NAE_EAOK_eestikeelsed_sunnimeetrikad, lk 190
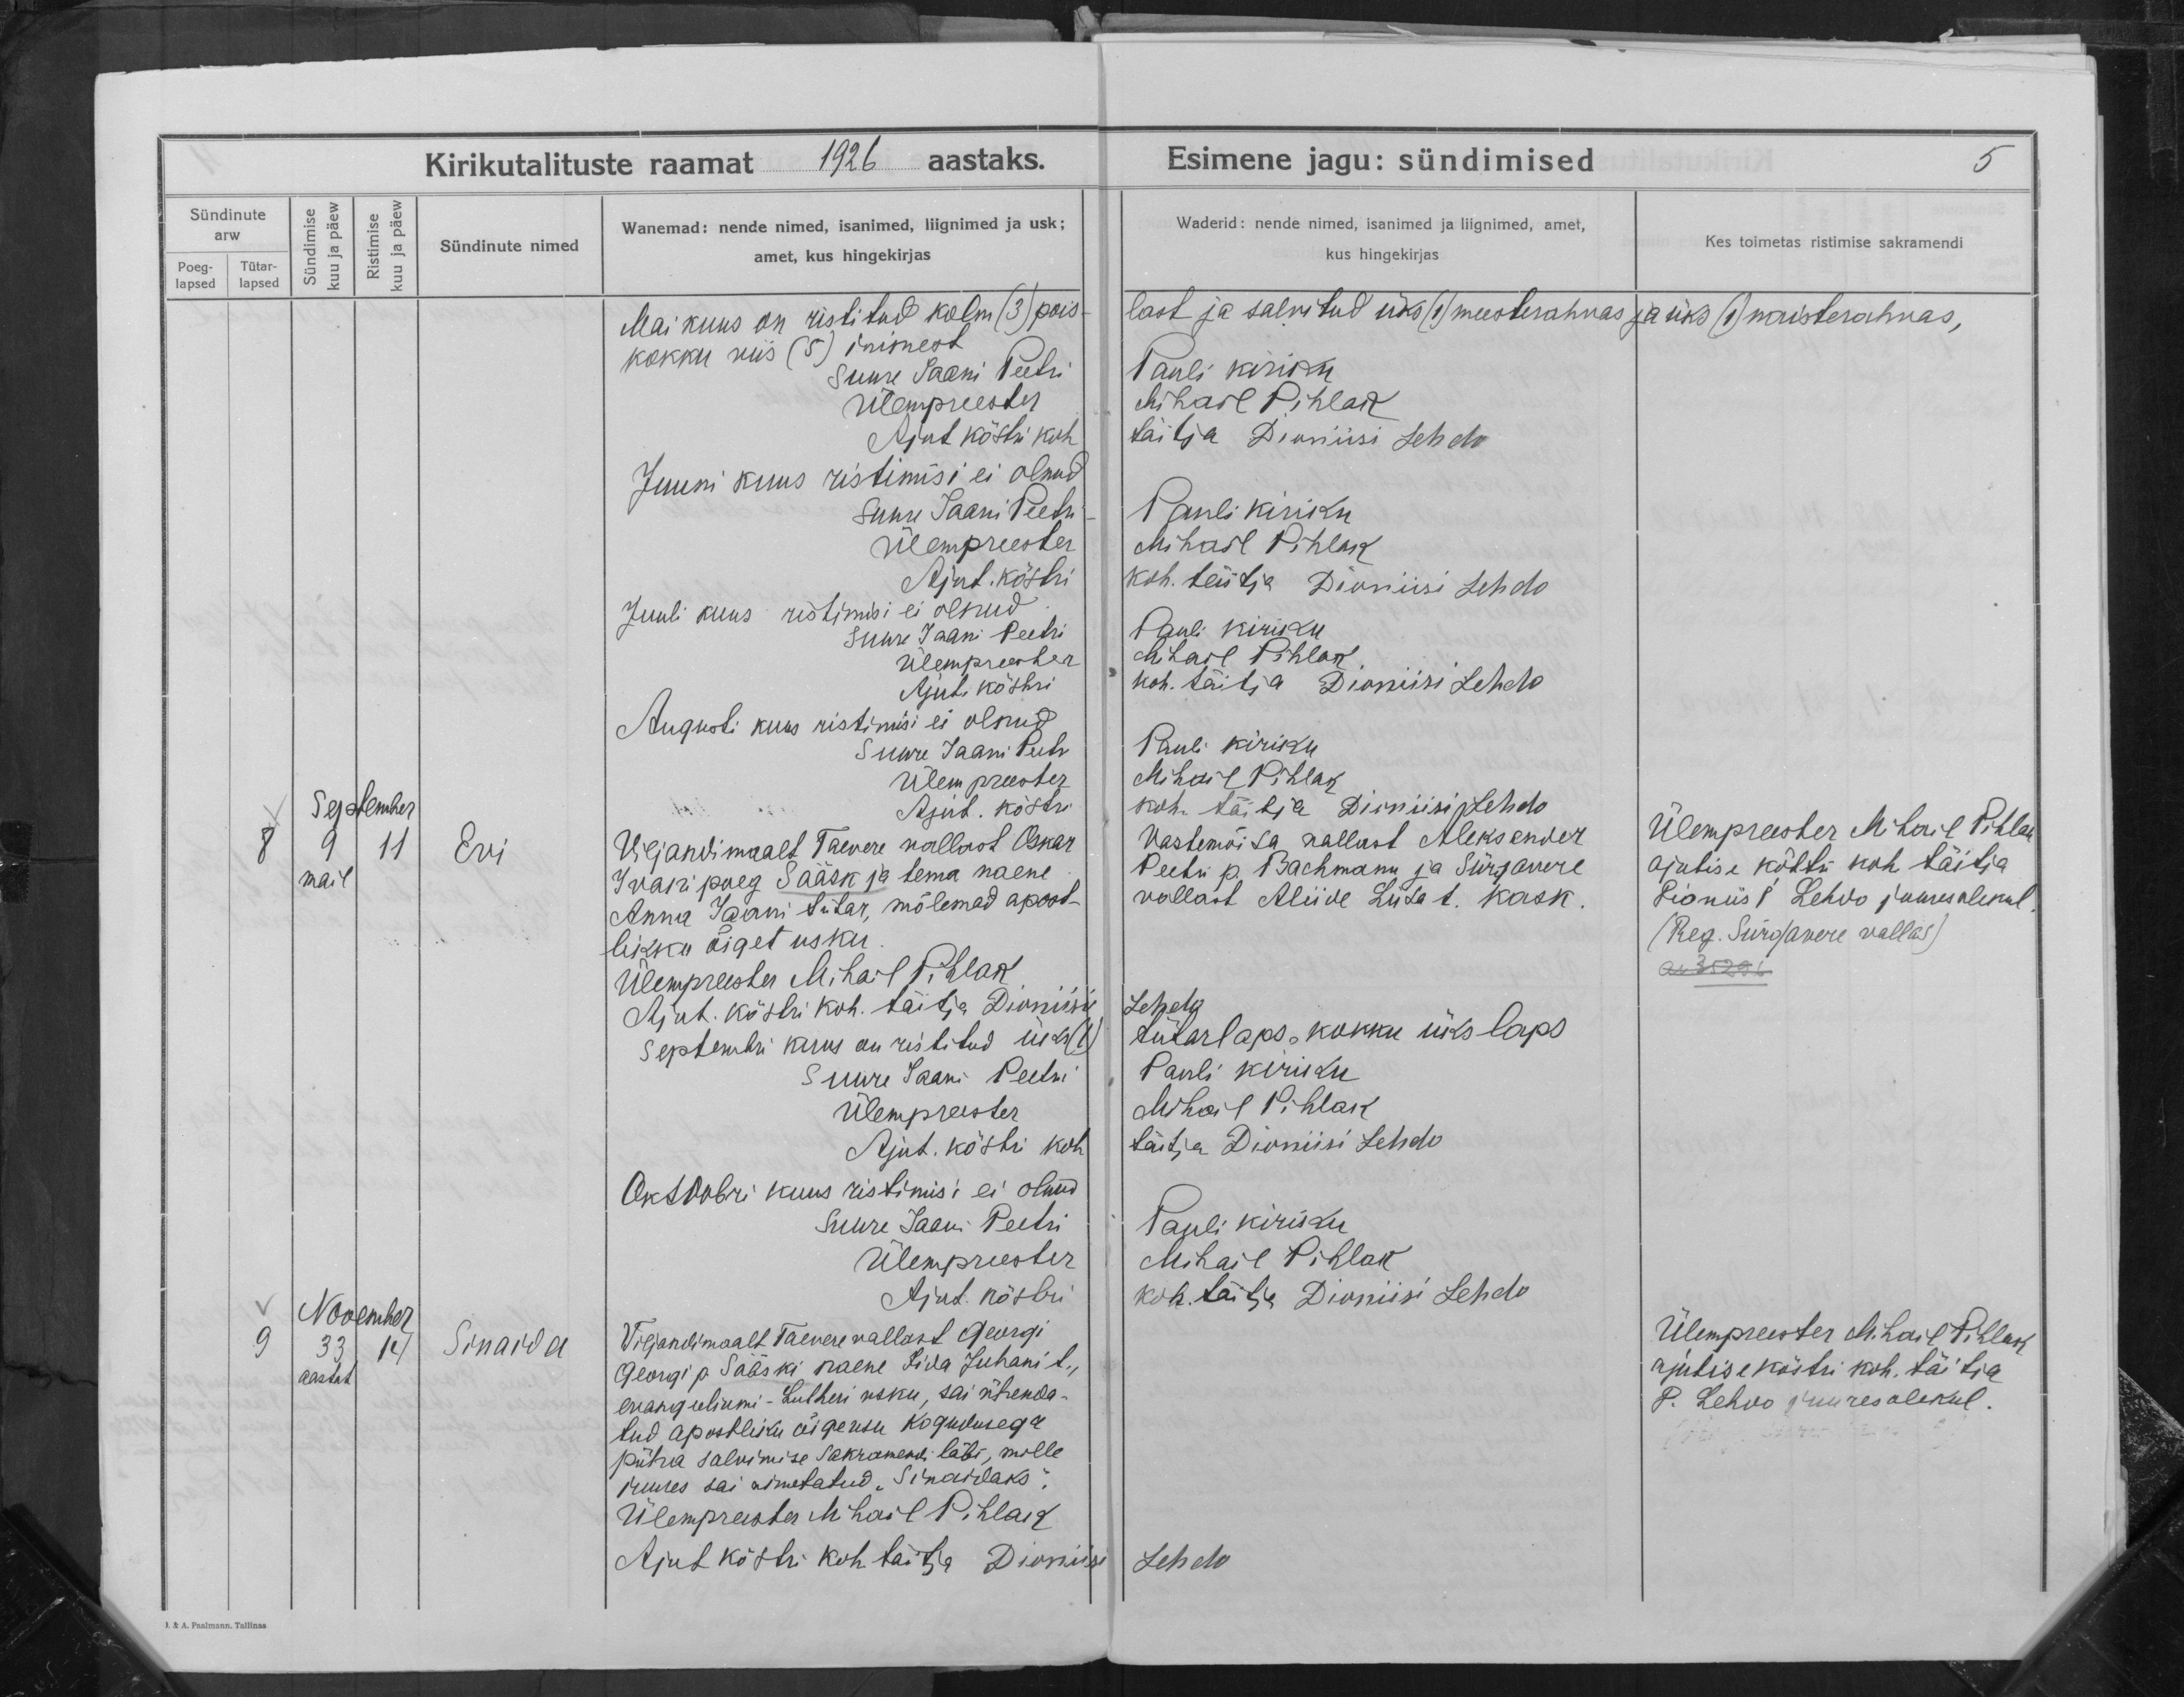
Evi

Sinaida

Viljandimaalt Taevere vallast Oskar
Ivani poeg Sääsk ja tema naene
Anna Jaani tütar, mõlemad apost-
likku õiget usku.

Viljandimaalt Taevere vallast Georgi
Georgi p Sääski naene Iida Juhani t.,
evangeliumi-Lutheri usku, sai ühenda-
tud apostliku õigeusu kogudusega
püha salvimise sakramendi läbi, mille
juures sai nimetatud ,,Sinaidaks".